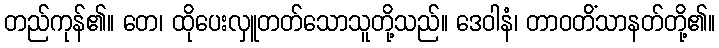
တည်ကုန်၏။ တေ၊ ထိုပေးလှူတတ်သောသူတို့သည်။ ဒေဝါနံ၊ တာဝတိံသာနတ်တို့၏။